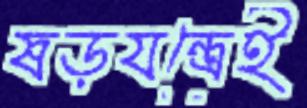
ষড়যন্ত্রেই